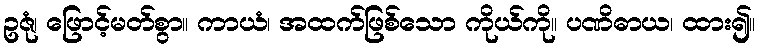
ဥဇုံ၊ ဖြောင့်မတ်စွာ။ ကာယံ၊ အထက်ဖြစ်သော ကိုယ်ကို။ ပဏိဓာယ၊ ထား၍။